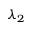
\lambda _ { 2 }